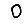
Digit: 0